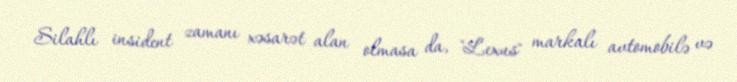
Silahlı insident zamanı xəsarət alan olmasa da, "Lexus" markalı avtomobilə və